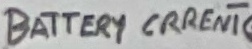
Text: BATTERY CRRENT